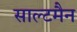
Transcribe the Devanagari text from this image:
साल्टमैन